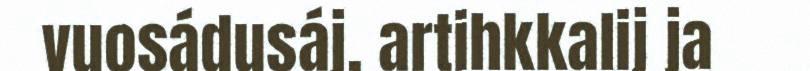
vuosádusáj, artihkkalij ja